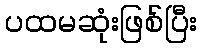
ပထမဆုံးဖြစ်ပြီး